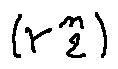
( r _ { 2 } ^ { n } )